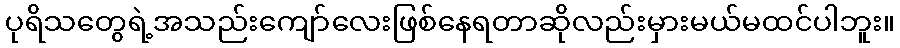
ပုရိသတွေရဲ့အသည်းကျော်လေးဖြစ်နေရတာဆိုလည်းမှားမယ်မထင်ပါဘူး။